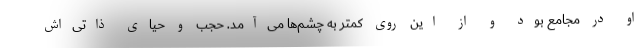
او در مجامع بود و از این روی کمتر به چشم‌ها می‌آمد. حجب و حیای ذاتی‌اش